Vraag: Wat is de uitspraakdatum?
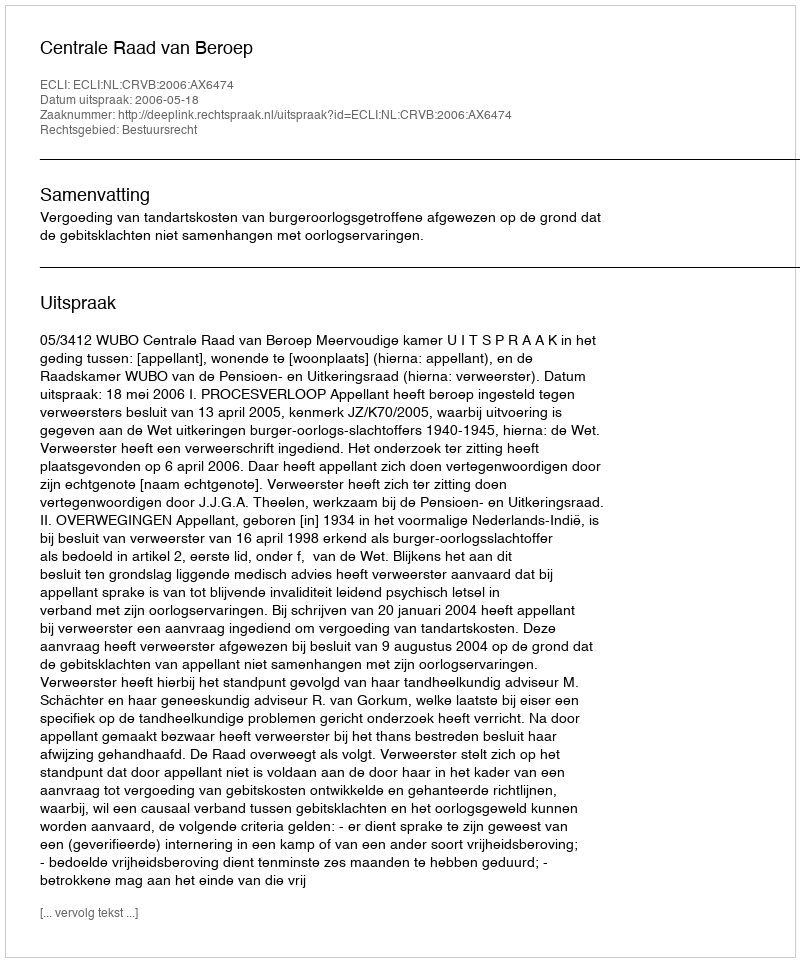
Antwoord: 2006-05-18